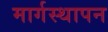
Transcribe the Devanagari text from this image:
मार्गस्थापन